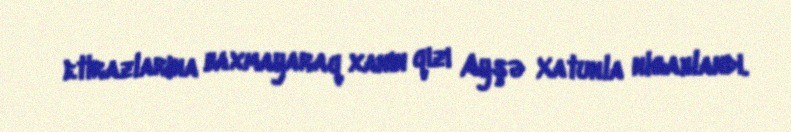
etirazlarına baxmayaraq xanın qızı Ayşə Xatunla nigahlandı.